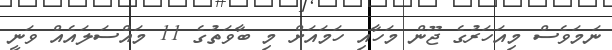
ނަމަވެސް މިއަހަރުގެ ޖޫން މަހާއި ހަމައަށް މި ބާވަތުގެ 11 މައްސަލައެއް ވަނީ